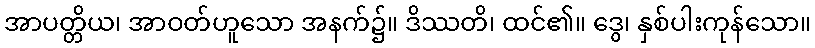
အာပတ္တိယ၊ အာဝတ်ဟူသော အနက်၌။ ဒိဿတိ၊ ထင်၏။ ဒွေ၊ နှစ်ပါးကုန်သော။